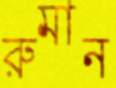
রুমান